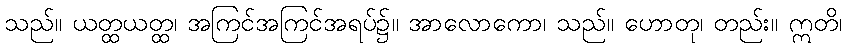
သည်။ ယတ္ထယတ္ထ၊ အကြင်အကြင်အရပ်၌။ အာလောကော၊ သည်။ ဟောတု၊ တည်း။ ဣတိ၊